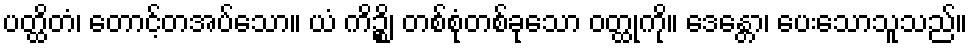
ပတ္ထိတံ၊ တောင့်တအပ်သော။ ယံ ကိဉ္စိ၊ တစ်စုံတစ်ခုသော ဝတ္ထုကို။ ဒေန္တော၊ ပေးသောသူသည်။